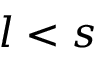
l < s